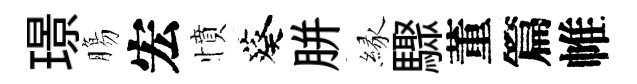
璟膓宏憤葵胼縁驟董篇帷